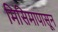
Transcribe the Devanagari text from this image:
मिसिमापासून